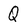
Character: Q